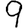
Digit: 9